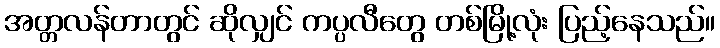
အတ္တလန်တာတွင် ဆိုလျှင် ကပ္ပလီတွေ တစ်မြို့လုံး ပြည့်နေသည်။